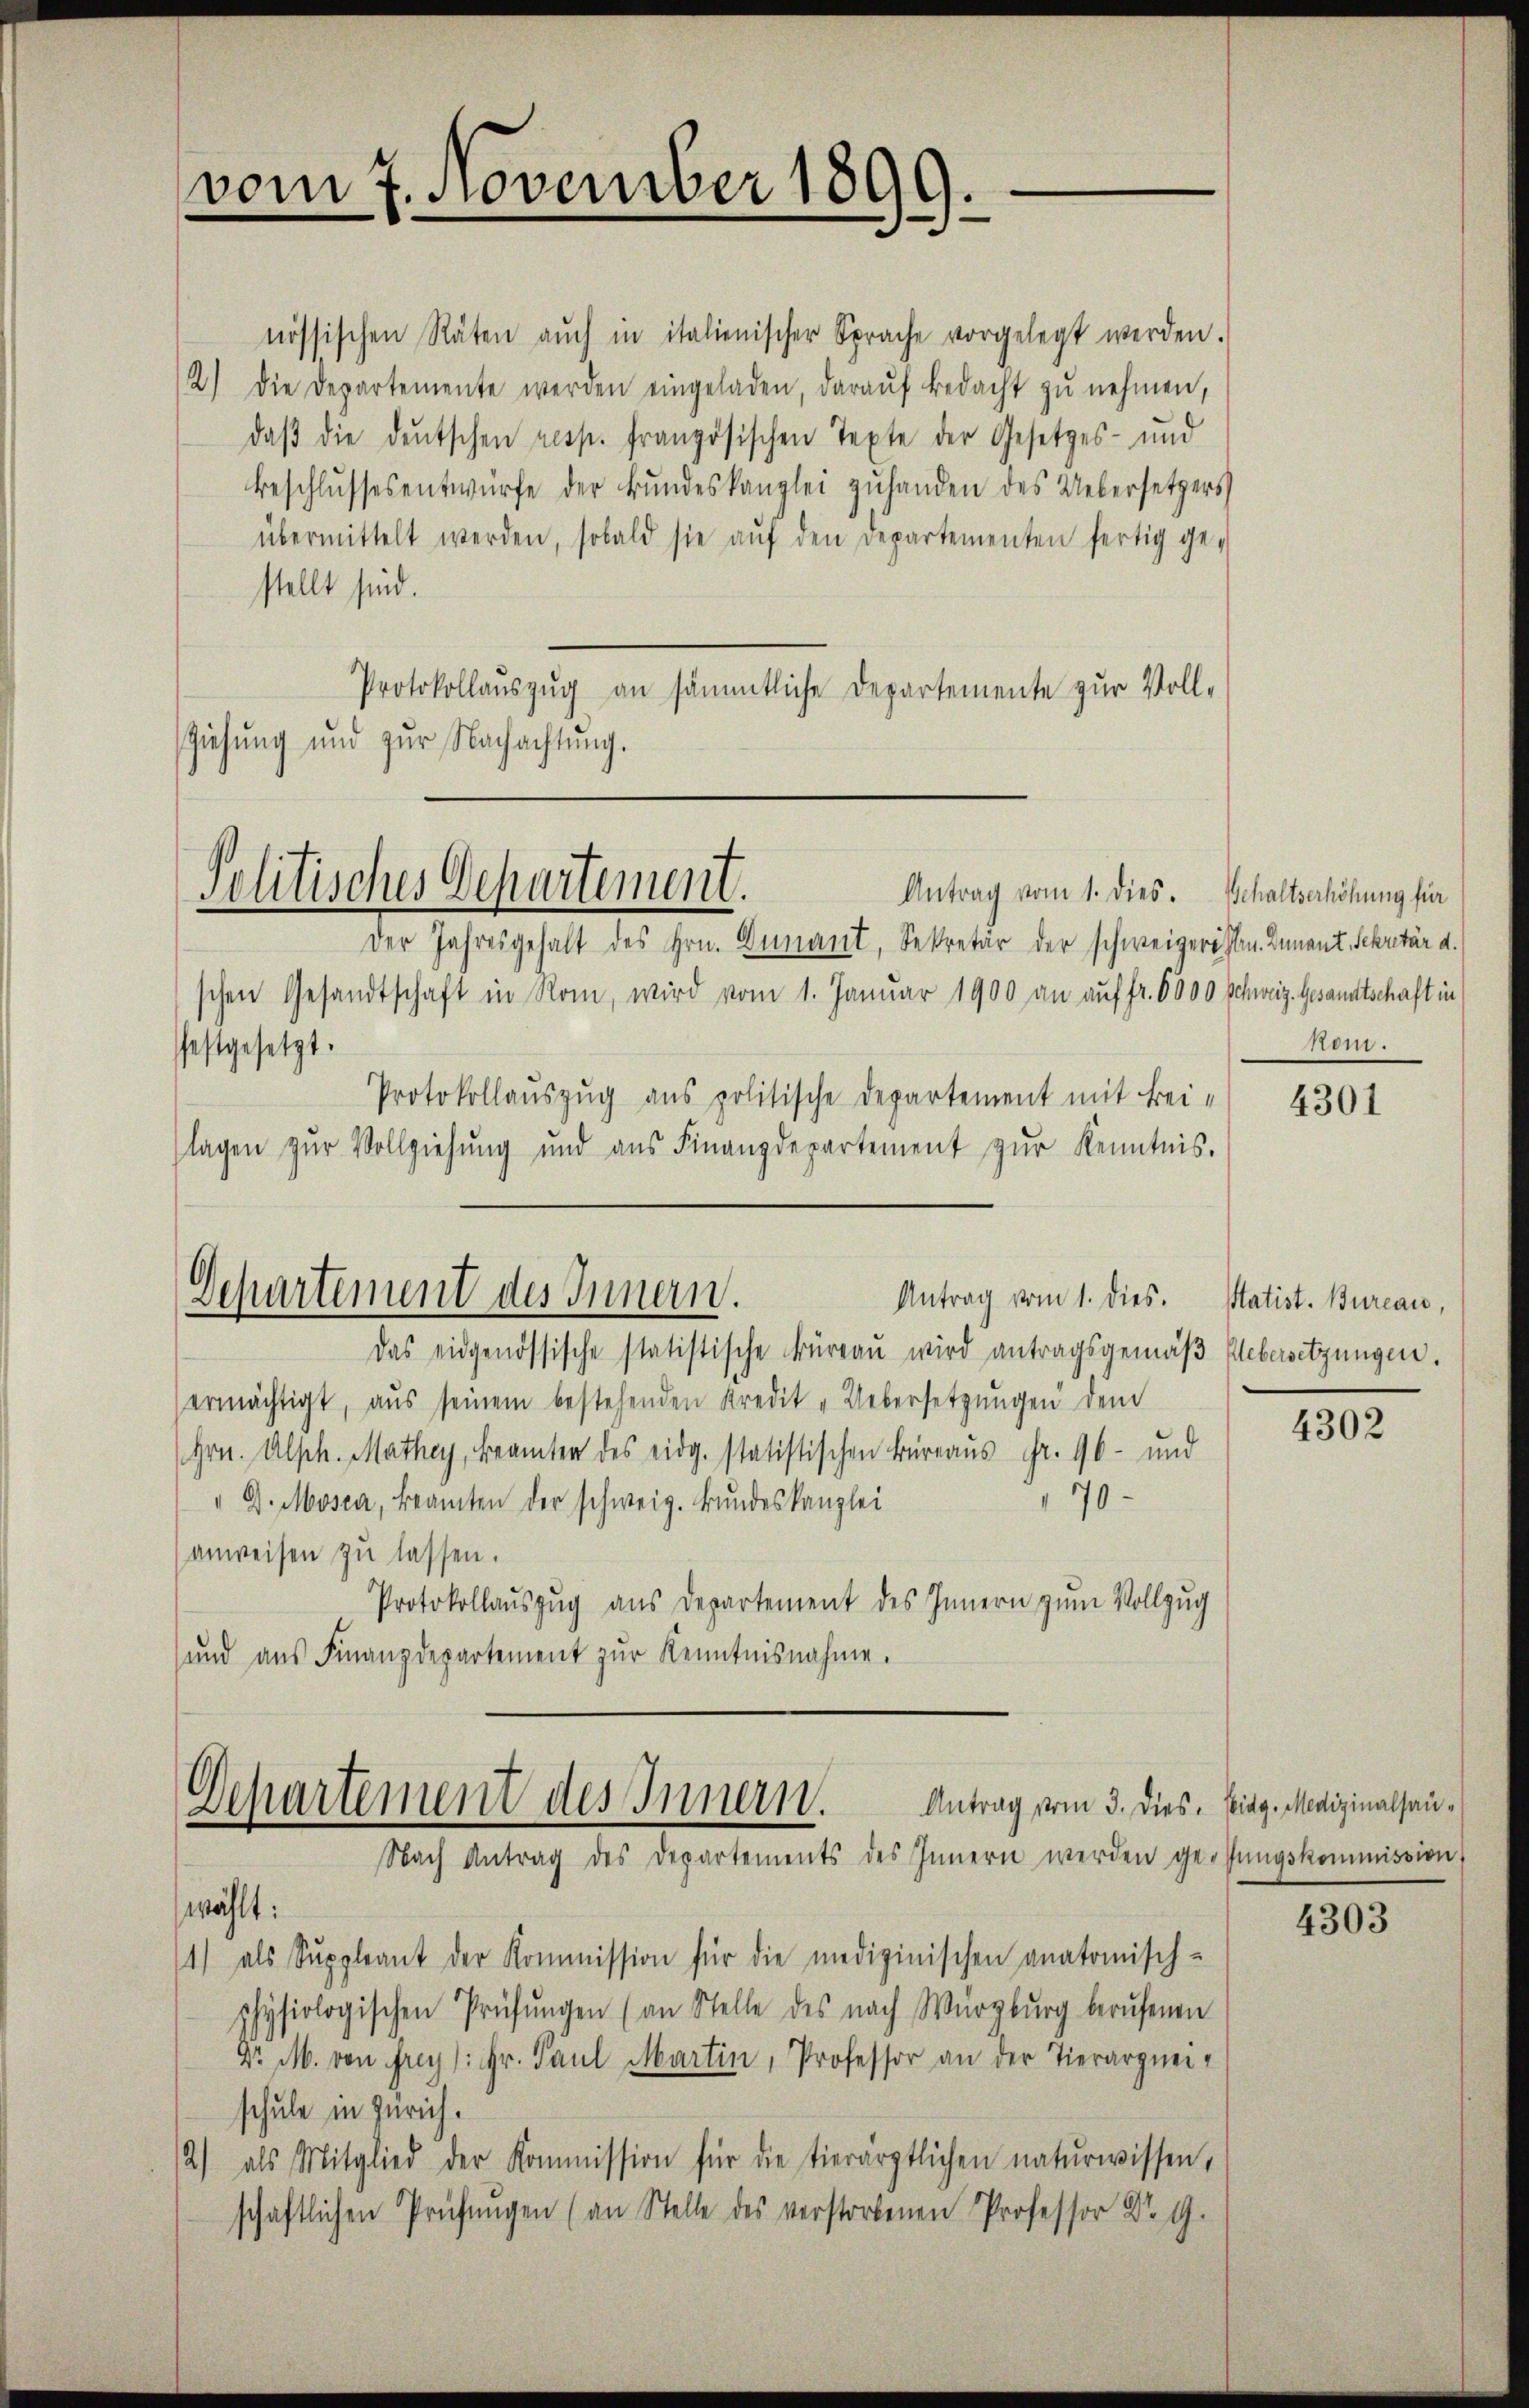
vom 7. November 1899.
d
3

nössischen Räten aŭch in italienischer Sprache vorgelegt werden.
2) Die Departemente werden eingeladen, daraŭf bedacht zŭ nehmen,
daβ die deutschen resp. französischen Texte der Gesetzes- und
Beschlŭssesentwürfe der Bŭndeskanzlei zŭhanden des Uebersetzers
übermittelt werden, sobald sie aŭf den Departementen fertig ge-
stellt sind.
Protokollauszug an sämmtliche Departemente zur Voll-
Ziehŭng und zŭr Nachachtŭng.

Politisches Departement.
Antrag vom 1. dies. Schaltserhöhung für

Der Jahresgehalt des Hrn. Dunant, Sekretär der schweigereiten. Dnnant, Sekretär d.
schen Gesandtschaft in Rom, wird vom 1. Januar 1900 an auf fr. 6000 Schweiz. Gesandtschaft in
festgesetzt.
Protokollauszug aus politische Departement mit Bei-
lagen zŭr Vollziehŭng und ans Finanzdepartement zŭr Kenntnis.
Antrag vom 1. dies.
Departement des Innern.
Das eidgenössische statistische Büreaŭ wird antragsgemäβ Uebersetzungen.
ermächtigt, aŭs seinem bestehenden Kredit "Uebersetzŭngen dem
Hrn. Alph. Mathey, Beamten des eidg. statistischen Büreaus Fr. 96 - und
" G. Mosca, Beamten der schweiz. Bŭndeskanzlei
170
anweisen zu lassen.
Protokollaŭszŭg ans Departement des Innern zŭm Vollzug
und aŭs Finanzdepartement zŭr Kenntnisnahme.

Departement des Innern.
Nach Antrag des Departements des Innern werden gesungskommission,

Antrag vom 3. Dies. Eidg. Medizinalhau¬

wählt:
1) als Suppleant der Kommission für die medizinischen anatomisch-
physiologischen Prüfŭngen (an Stelle des nach Würzburg berufenen
Dr. M. von frey): Hr. Paul Martin, Professor an der Tierarzneischule in Zürich.
2) als Mitglied der Kommission für die tierärztlichen naturwissen,
schaftlichen Prüfungen (an Stelle des verstorbenen Professor Dr G.

on.

4301

Statist. Bureau,

4302

4303